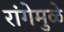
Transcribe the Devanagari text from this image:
रांगेमुळे